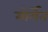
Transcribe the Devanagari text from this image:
मोर्गेन